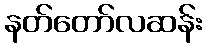
နတ်တော်လဆန်း